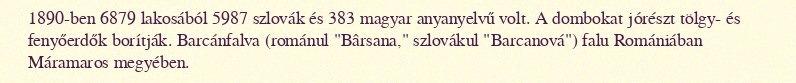
1890-ben 6879 lakosából 5987 szlovák és 383 magyar anyanyelvű volt. A dombokat jórészt tölgy- és fenyőerdők borítják. Barcánfalva (románul "Bârsana," szlovákul "Barcanová") falu Romániában Máramaros megyében.